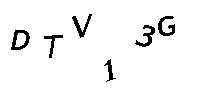
DTV13G